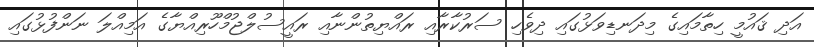
އަދި ޤައުމީ ހިތާމައިގެ މިދަނޑިވަޅުގައި ދިވެހި ސަރުކާރާއި ރައްޔިތުންނާއި ރައީސުލްޖުމްހޫރިއްޔާގެ އަމިއްލަ ނަންފުޅުގައި